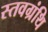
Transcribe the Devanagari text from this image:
स्तवग्रंथि